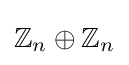
\mathbb {Z} _{n}\oplus \mathbb {Z} _{n}